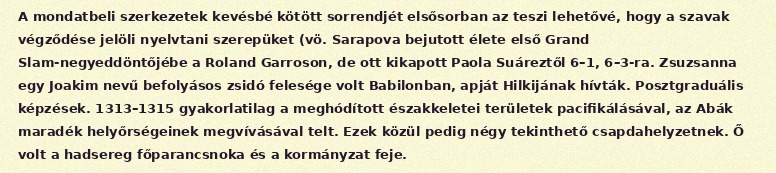
A mondatbeli szerkezetek kevésbé kötött sorrendjét elsősorban az teszi lehetővé, hogy a szavak végződése jelöli nyelvtani szerepüket (vö. Sarapova bejutott élete első Grand Slam-negyeddöntőjébe a Roland Garroson, de ott kikapott Paola Suáreztől 6–1, 6–3-ra. Zsuzsanna egy Joakim nevű befolyásos zsidó felesége volt Babilonban, apját Hilkijának hívták. Posztgraduális képzések. 1313–1315 gyakorlatilag a meghódított északkeletei területek pacifikálásával, az Abák maradék helyőrségeinek megvívásával telt. Ezek közül pedig négy tekinthető csapdahelyzetnek. Ő volt a hadsereg főparancsnoka és a kormányzat feje.